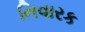
નિવારક